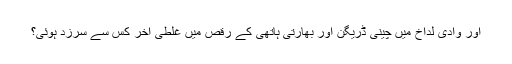
اور وادی لداخ میں چینی ڈریگن اور بھارتی ہاتھی کے رقص میں غلطی آخر کس سے سرزد ہوئی؟